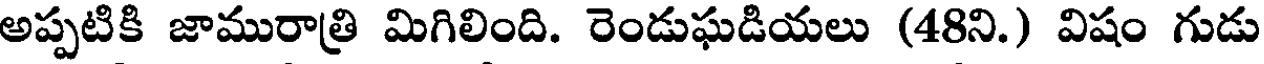
అప్పటికి జామురాత్రి మిగిలింది. రెండుఘడియలు (48ని.) విషం గుడు